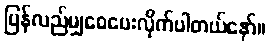
ပြန်လည်မျှဝေပေးလိုက်ပါတယ်နော်။